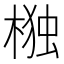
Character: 𭫆